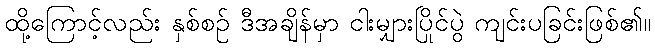
ထို့ကြောင့်လည်း နှစ်စဉ် ဒီအချိန်မှာ ငါးမျှားပြိုင်ပွဲ ကျင်းပခြင်းဖြစ်၏။